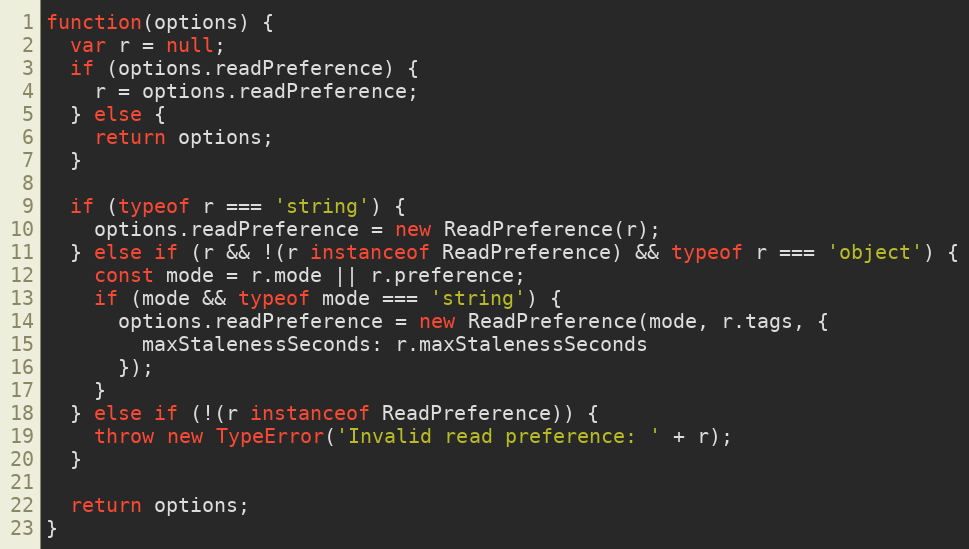
Language: JavaScript
function(options) {
  var r = null;
  if (options.readPreference) {
    r = options.readPreference;
  } else {
    return options;
  }

  if (typeof r === 'string') {
    options.readPreference = new ReadPreference(r);
  } else if (r && !(r instanceof ReadPreference) && typeof r === 'object') {
    const mode = r.mode || r.preference;
    if (mode && typeof mode === 'string') {
      options.readPreference = new ReadPreference(mode, r.tags, {
        maxStalenessSeconds: r.maxStalenessSeconds
      });
    }
  } else if (!(r instanceof ReadPreference)) {
    throw new TypeError('Invalid read preference: ' + r);
  }

  return options;
}